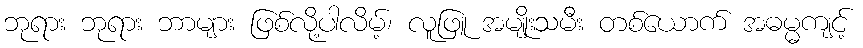
ဘုရား ဘုရား ဘာများ ဖြစ်လို့ပါလိမ့်၊ လူဖြူ အမျိုးသမီး တစ်ယောက် အဓမ္မကျင့်